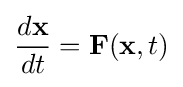
{\frac {d\mathbf {x} }{dt}}=\mathbf {F} (\mathbf {x} ,t)